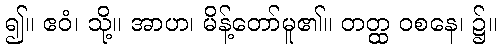
၍။ ဧဝံ၊ သို့။ အာဟ၊ မိန့်တော်မူ၏။ တတ္ထ ဝစနေ၊ ၌။